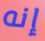
إنه